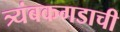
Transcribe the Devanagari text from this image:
त्र्यंबकगडाची